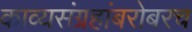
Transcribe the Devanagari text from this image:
काव्यसंग्रहांबरोबरच